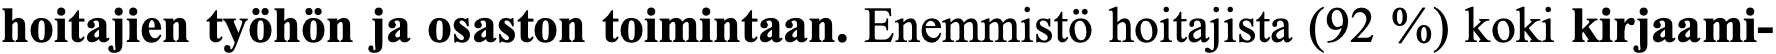
hoitajien työhön ja osaston toimintaan. Enemmistö hoitajista (92 %) koki kirjaami-